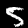
Label: 5